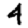
Digit: 4